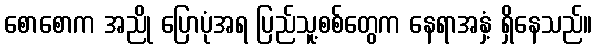
စောစောက အညို ပြောပုံအရ ပြည်သူ့စစ်တွေက နေရာအနှံ့ ရှိနေသည်။